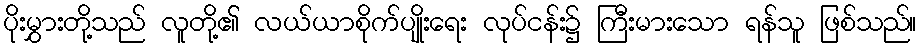
ပိုးမွှားတို့သည် လူတို့၏ လယ်ယာစိုက်ပျိုးရေး လုပ်ငန်း၌ ကြီးမားသော ရန်သူ ဖြစ်သည်။